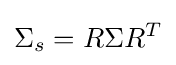
\Sigma _{s}=R\Sigma R^{T}